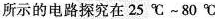
所示的电路探究在25℃~80℃